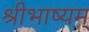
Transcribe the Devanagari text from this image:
श्रीभाष्यम्